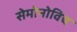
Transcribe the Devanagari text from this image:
सेमोनोविच